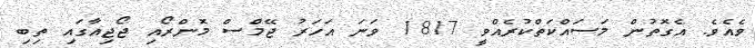
ވެއެވެ. އެގޮތުން މަސައްކަތްކުރެއްވީ 1817 ވަނަ އަހަރު ޖޭމްސް މޮންރޯއި ޖޯޖިއާގައި ތިބި